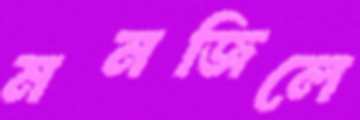
মনজিলে